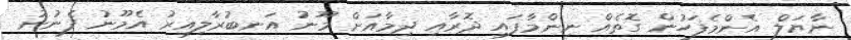
ނާޔަލް އެންމެފަހުން ގޮތެއް ނިންމާފައި ދޮރާއި ދިމާއަށް މޫނު އަނބުރާލިއިރު އެމޫނު ފެނުނު